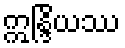
ဣန္ဒြိယဿ